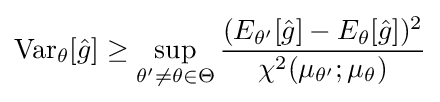
\operatorname {Var} _{\theta }[{\hat {g}}]\geq \sup _{\theta '\neq \theta \in \Theta }{\frac {(E_{\theta '}[{\hat {g}}]-E_{\theta }[{\hat {g}}])^{2}}{\chi ^{2}(\mu _{\theta '};\mu _{\theta })}}